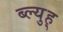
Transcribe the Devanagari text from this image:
ब्ल्युह्